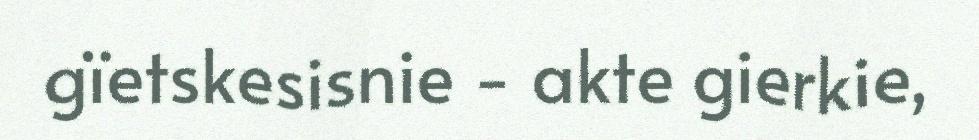
gïetskesisnie - akte gierkie,